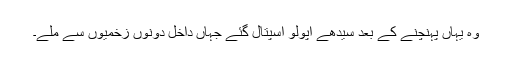
وہ یہاں پہنچنے کے بعد سیدھے اپولو اسپتال گئے جہاں داخل دونوں زخمیوں سے ملے۔